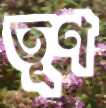
তূণ